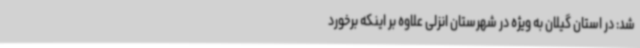
شد: در استان گیلان به ویژه در شهرستان انزلی علاوه بر اینکه برخورد